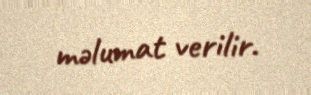
məlumat verilir.